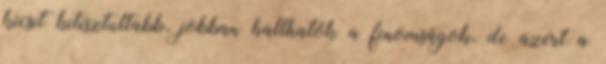
kicsit kitisztultabb, jobban hallhatók a finomságok, de azért a